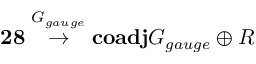
{ \bf 2 8 } \stackrel { G _ { g a u g e } } { \rightarrow } { \bf c o a d j } { G _ { g a u g e } } \oplus { \cal R }